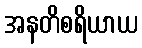
အနတိစရိယာယ